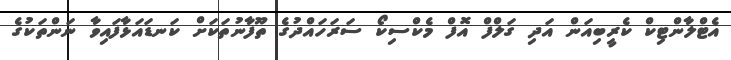
އެޓްލާންޓިކް ކެރީބިއަން އަދި ގަލްފް އޮފް މެކްސިކޯ ސަރަހައްދުގެ ތޫފާނުތަކަށް ކަނޑައަޅާފައިވާ ނަންތަކުގެ